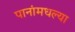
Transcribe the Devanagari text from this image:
पानांमधल्या